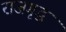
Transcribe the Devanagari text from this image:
राजगृद्ध